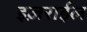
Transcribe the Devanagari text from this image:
इज़राईल